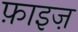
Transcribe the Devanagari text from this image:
फ़ाइज़